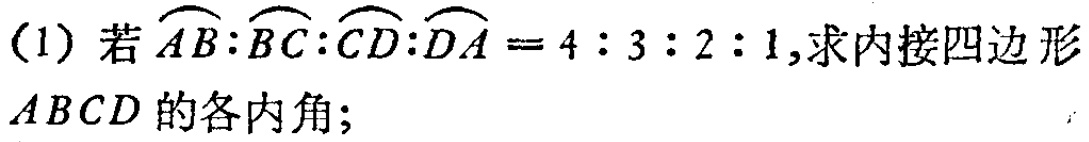
(1) 若$\overset{\frown}{AB}:\overset{\frown}{BC}:\overset{\frown}{CD}:\overset{\frown}{DA}=4:3:2:1$,求内接四边形$ABCD$的各内角;